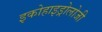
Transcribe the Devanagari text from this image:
इकोहाइड्रोलोजी